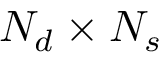
N _ { d } \times N _ { s }